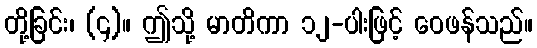
တို့ခြင်း၊ (၄)။ ဤသို့ မာတိကာ ၁၂-ပါးဖြင့် ဝေဖန်သည်။